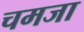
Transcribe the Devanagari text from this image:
चमजा